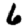
Digit: 6